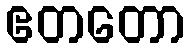
ဧတတော